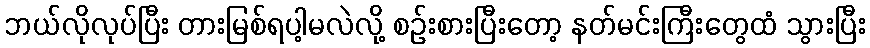
ဘယ်လိုလုပ်ပြီး တားမြစ်ရပါ့မလဲလို့ စဉ်းစားပြီးတော့ နတ်မင်းကြီးတွေထံ သွားပြီး